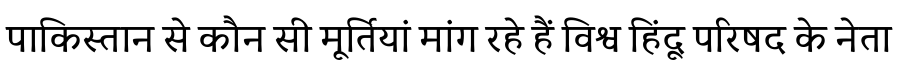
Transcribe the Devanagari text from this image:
पाकिस्तान से कौन सी मूर्तियां मांग रहे हैं विश्व हिंदू परिषद के नेता